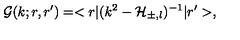
\mathcal { G } ( k ; r , r ^ { \prime } ) = < r | ( k ^ { 2 } - \mathcal { H } _ { \pm , l } ) ^ { - 1 } | r ^ { \prime } > ,